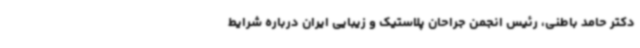
دکتر حامد باطنی، رئیس انجمن جراحان پلاستیک و زیبایی ایران درباره شرایط